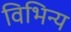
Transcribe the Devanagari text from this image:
विभिन्य